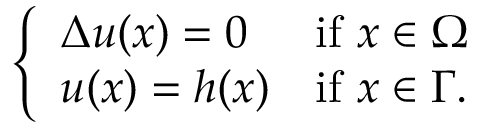
\left\{ \begin{array} { l l } { \Delta u ( x ) = 0 } & { { \mathrm { i f ~ } } x \in \Omega } \\ { u ( x ) = h ( x ) } & { { \mathrm { i f ~ } } x \in \Gamma . } \end{array} \right.